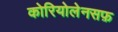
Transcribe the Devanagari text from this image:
कोरियोलेनसफ़